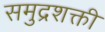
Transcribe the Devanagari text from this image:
समुद्रशक्ती